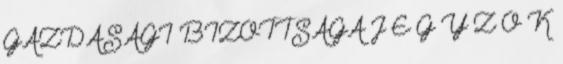
GAZDASÁGI BIZOTTSÁGA J E G Y Z Ő K